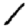
Digit: 1